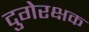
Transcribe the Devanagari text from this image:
दुगेरक्षक